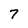
Character: 7